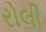
રોલી